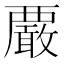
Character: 𧠀